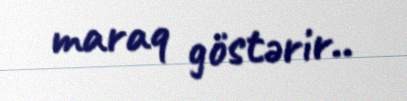
maraq göstərir..